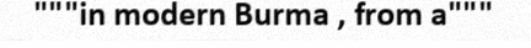
"""in modern Burma , from a"""